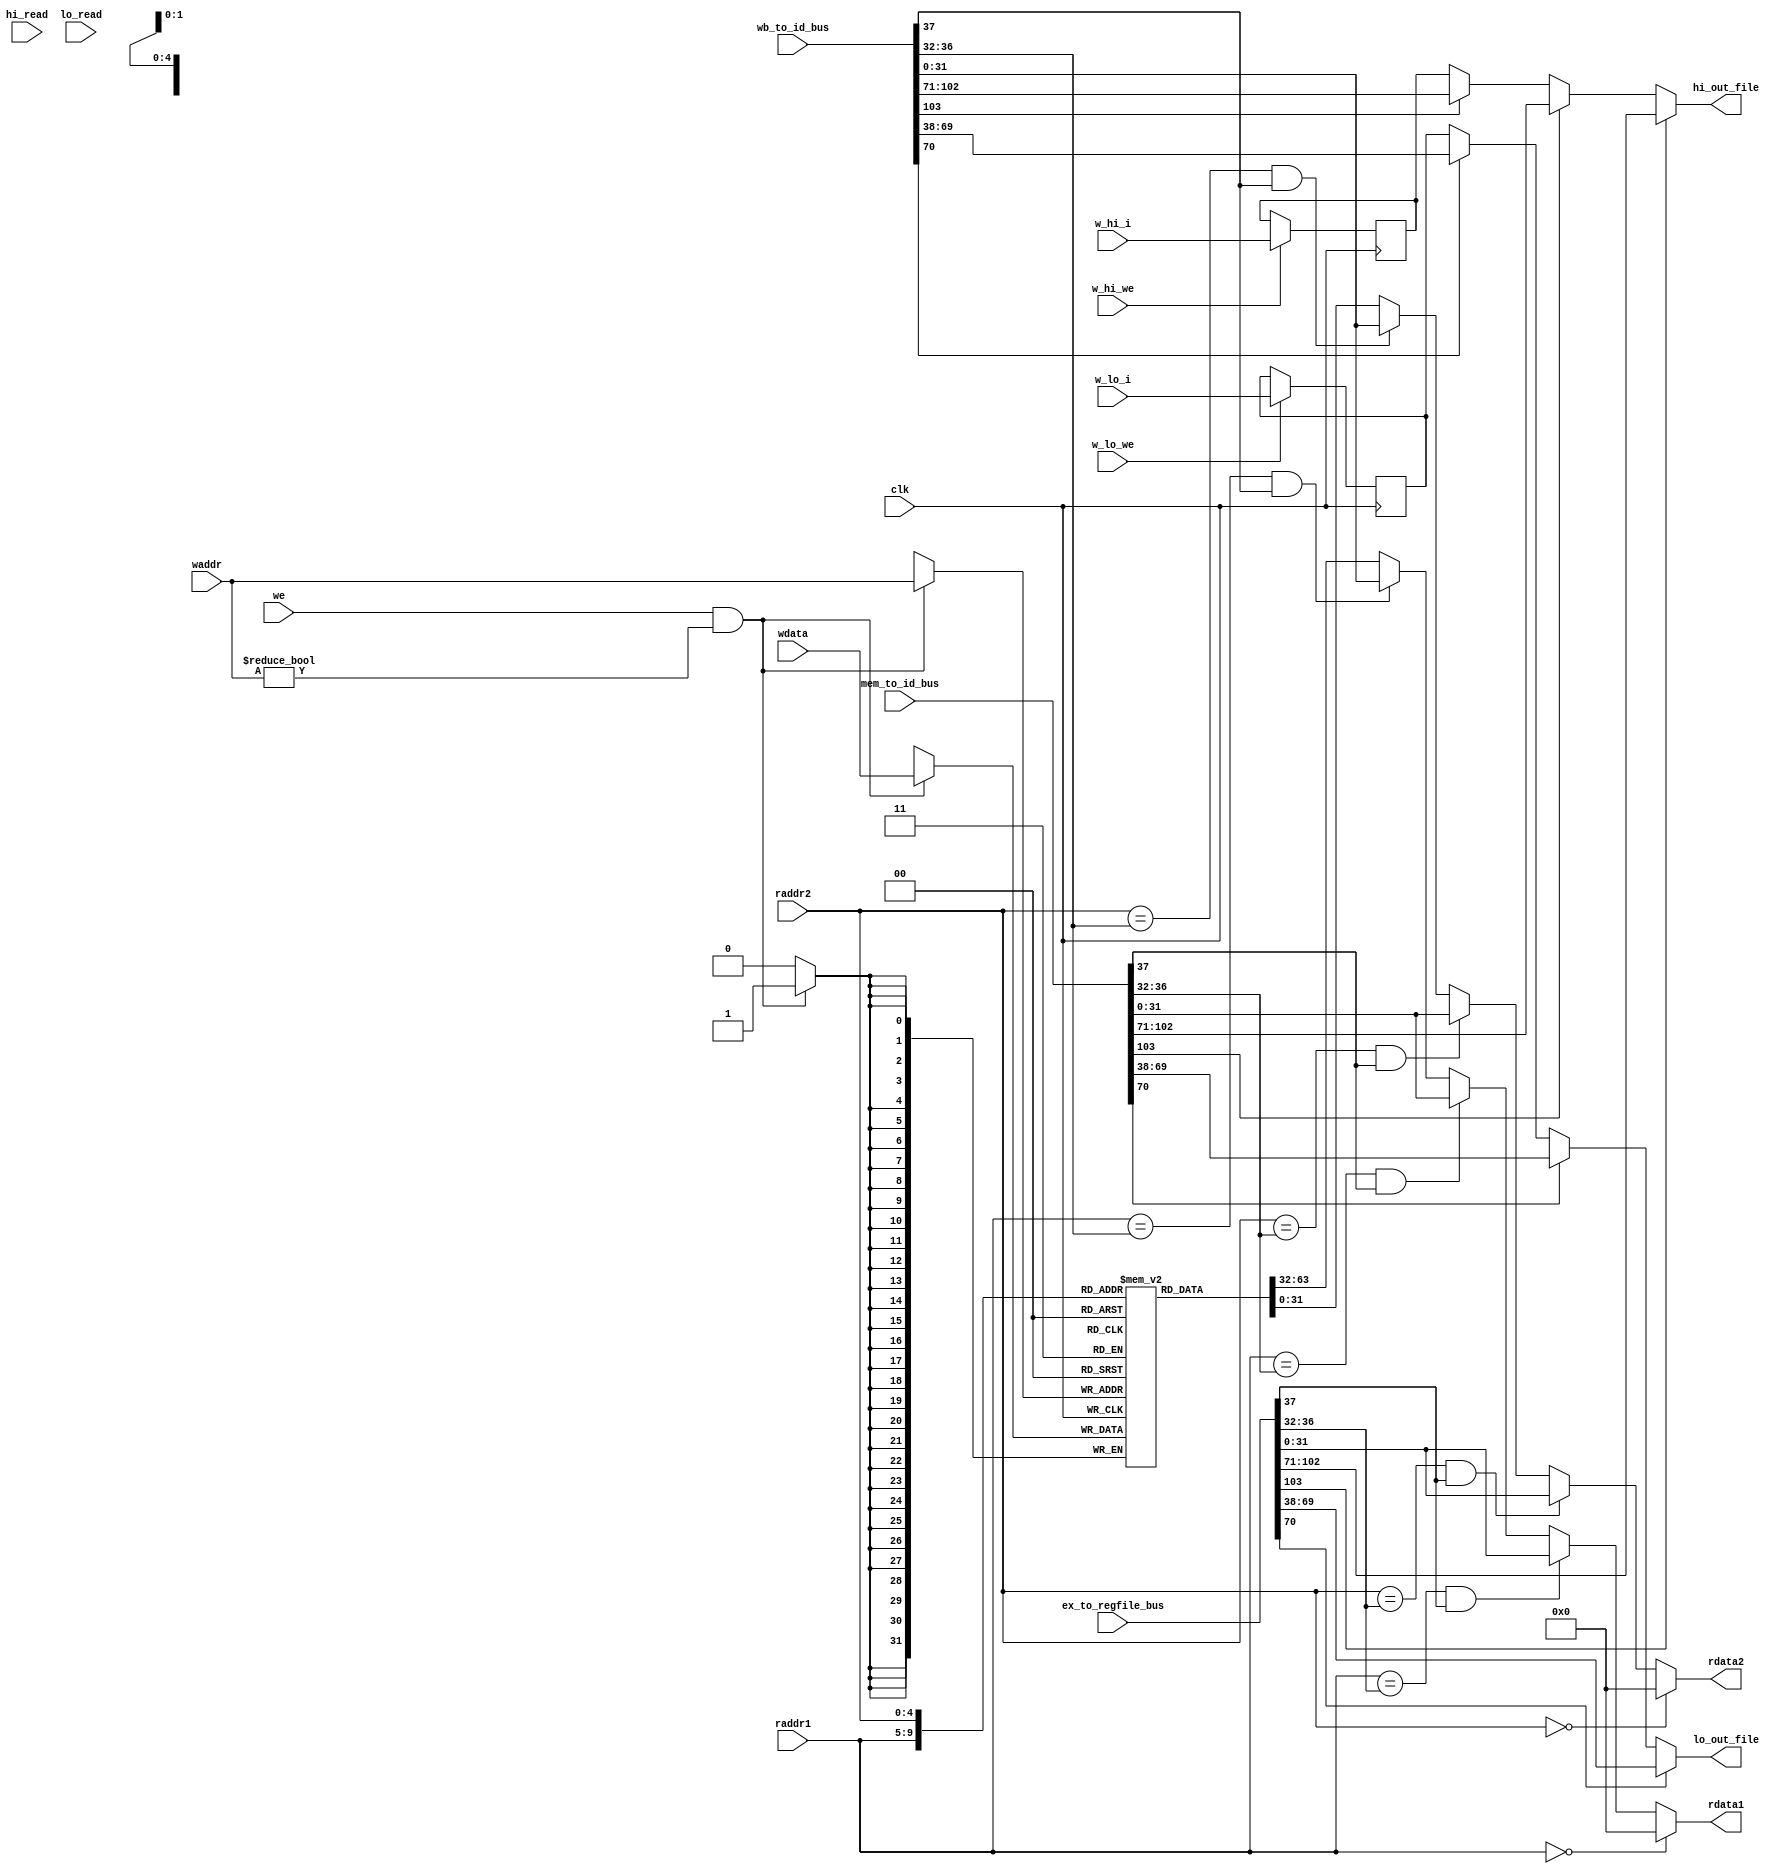
module regfile(
    input wire clk,
    input wire [4:0] raddr1,
    output wire [31:0] rdata1,
    input wire [4:0] raddr2,
    output wire [31:0] rdata2,
    input wire w_hi_we,           
    input wire w_lo_we,           
    input wire [31:0] w_hi_i,                
    input wire [31:0] w_lo_i,
    input wire hi_read,
    input wire lo_read,
    output wire [31:0] hi_out_file,
    output wire [31:0] lo_out_file,
    input wire [103:0] ex_to_regfile_bus,
    input wire[103:0] mem_to_id_bus,
    input wire[103:0] wb_to_id_bus,
    input wire we,
    input wire [4:0] waddr,
    input wire [31:0] wdata
);
    reg [31:0] reg_array [31:0];
    reg [31:0] reg_array_hi;
    reg [31:0] reg_array_lo;
    // write
    always @ (posedge clk) begin
        if (we && waddr!=5'b0) begin
            reg_array[waddr] <= wdata;
        end
    end
    always @ (posedge clk) begin
        if (w_hi_we) begin
            reg_array_hi <= w_hi_i;
        // end else begin
        //     reg_array_hi <= 32'b0;
        end
    end
    always @ (posedge clk) begin
        if (w_lo_we) begin
            reg_array_lo <= w_lo_i;
        // end else begin
        //     reg_array_lo <= 32'b0;
        end
    end
    wire ex_to_id_we;
    wire [4:0] ex_to_id_waddr;
    wire [31:0] ex_result;
    wire ex_w_hi_we;           
    wire ex_w_lo_we;           
    wire [31:0] ex_w_hi_i;                
    wire [31:0] ex_w_lo_i;
    
    wire mem_to_id_we;
    wire [4:0] mem_to_id_waddr;
    wire [31:0] mem_result;
    wire mem_w_hi_we;           
    wire mem_w_lo_we;           
    wire [31:0] mem_w_hi_i;                
    wire [31:0] mem_w_lo_i;
    
    wire wb_to_id_we;
    wire [4:0] wb_to_id_waddr;
    wire [31:0] wb_to_id_result;
    wire wb_w_hi_we;           
    wire wb_w_lo_we;           
    wire [31:0] wb_w_hi_i;                
    wire [31:0] wb_w_lo_i; 
    
    assign {
        ex_w_hi_we,        // 103
        ex_w_hi_i,         // 102:71
        ex_w_lo_we,        // 70
        ex_w_lo_i,         // 69:38  
        ex_to_id_we,          // 37
        ex_to_id_waddr,       // 36:32
        ex_result       // 31:0
    } =  ex_to_regfile_bus;

    assign {
        mem_w_hi_we,    // 103
        mem_w_hi_i,     // 102:71
        mem_w_lo_we,    // 70
        mem_w_lo_i,     // 69:38
        mem_to_id_we,          // 37
        mem_to_id_waddr,       // 36:32
        mem_result       // 31:0
    } =  mem_to_id_bus;   
    
    assign {
        wb_w_hi_we,    
        wb_w_hi_i,     
        wb_w_lo_we,    
        wb_w_lo_i,
        wb_to_id_we,          // 37
        wb_to_id_waddr,       // 36:32
        wb_to_id_result       // 31:0
    } =  wb_to_id_bus;    



    // read out 1
    assign rdata1 = (raddr1 == 5'b0) ? 32'b0 :
                    ((raddr1== ex_to_id_waddr) & ex_to_id_we) ? ex_result :
                    ((raddr1== mem_to_id_waddr) & mem_to_id_we) ? mem_result : 
                    ((raddr1== wb_to_id_waddr) & wb_to_id_we) ? wb_to_id_result : reg_array[raddr1];
    // read out2
    assign rdata2 = (raddr2 == 5'b0) ? 32'b0 :
                    ((raddr2== ex_to_id_waddr) & ex_to_id_we) ? ex_result :
                    ((raddr2== mem_to_id_waddr) & mem_to_id_we) ? mem_result : 
                    ((raddr2== wb_to_id_waddr) & wb_to_id_we) ? wb_to_id_result : reg_array[raddr2];
    // read hi
    assign hi_out_file = (ex_w_hi_we) ? ex_w_hi_i:
                    (mem_w_hi_we) ? mem_w_hi_i:
                    (wb_w_hi_we) ? wb_w_hi_i :
                    reg_array_hi;
    //read lo
    assign lo_out_file = (ex_w_lo_we) ? ex_w_lo_i:
                    (mem_w_lo_we) ? mem_w_lo_i:
                    (wb_w_lo_we) ? wb_w_lo_i :
                    reg_array_lo;                  
endmodule